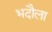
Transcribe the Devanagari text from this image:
भदौला